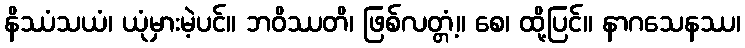
နိဿံသယံ၊ ယုံမှားမဲ့ပင်။ ဘဝိဿတိ၊ ဖြစ်လတ္တံ့။ စေ၊ ထို့ပြင်။ နာဂသေနဿ၊